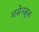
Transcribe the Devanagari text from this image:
मसेनब्रूक